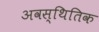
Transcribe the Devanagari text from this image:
अवस्थितिक